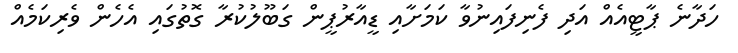
ހަދާނެ ޕާޓީއެއް އަދި ފެނިފައިނުވާ ކަމަށާއި ޑީއާރުޕީން ގަބޫލުކުރާ ގޮތުގައި އެހެން ވެރިކަމެއް